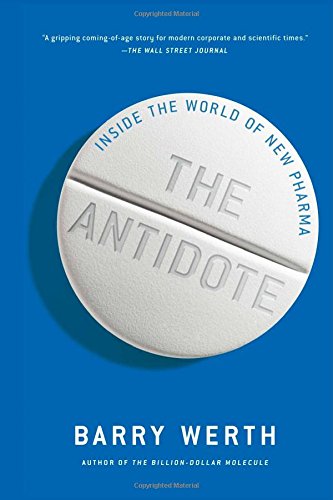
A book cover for The Antidote: Inside the World of New Pharma; Barry Werth; Medical Books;